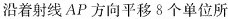
沿着射线AP方向平移8个单位所